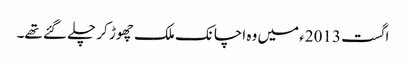
اگست 2013ء میں وہ اچانک ملک چھوڑ کر چلے گئے تھے۔